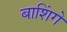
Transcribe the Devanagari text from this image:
बाशिंगे